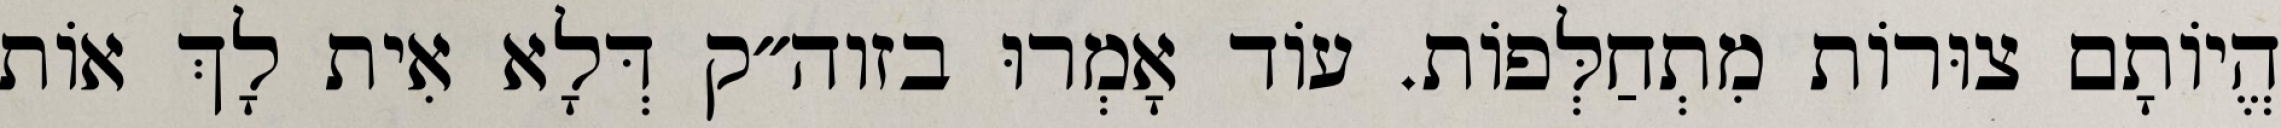
הֱיוֹתָם צוּרוֹת מִתְחַלְּפוֹת. עוֹד אָמְרוּ בזוה״ק דְּלָא אִית לָךְ אוֹת